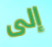
إلى